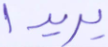
يريدا